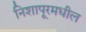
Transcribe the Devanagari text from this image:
निशापूरमधील